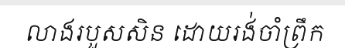
លាងរបួសសិន ដោយរង់ចាំព្រឹក